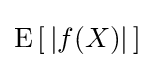
\operatorname {E} \left[\,\left|f(X)\right|\,\right]